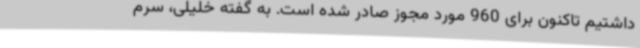
داشتیم تاکنون برای 960 مورد مجوز صادر شده است. به گفته خلیلی، سرم